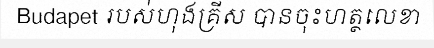
Budapet របស់ហុងគ្រីស បានចុះហត្ថលេខា